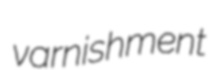
varnishment